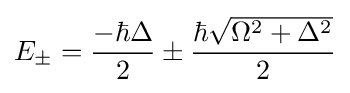
E_{\pm }={\frac {-\hbar \Delta }{2}}\pm {\frac {\hbar {\sqrt {\Omega ^{2}+\Delta ^{2}}}}{2}}